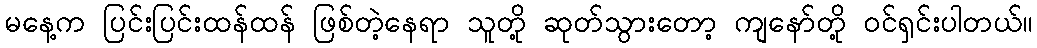
မနေ့က ပြင်းပြင်းထန်ထန် ဖြစ်တဲ့နေရာ သူတို့ ဆုတ်သွားတော့ ကျနော်တို့ ဝင်ရှင်းပါတယ်။